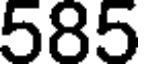
585